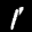
Label: 1